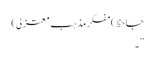
جاحظ)مفکر مذہب ِمعتزلی)
”۔